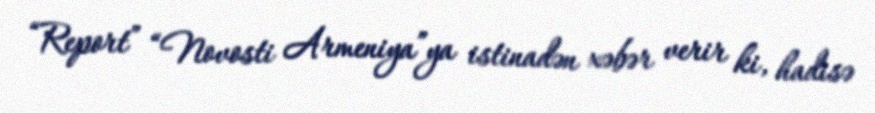
“Report” “Novosti Armeniya”ya istinadən xəbər verir ki, hadisə